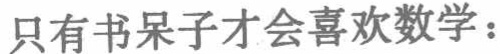
只有书呆子才会喜欢数学：